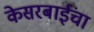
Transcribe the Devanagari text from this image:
केसरबाईंचा